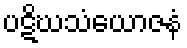
ပဋိဃသံယောဇနံ